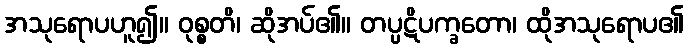
အသုရောပဟူ၍။ ဝုစ္စတိ၊ ဆိုအပ်၏။ တပ္ပဋိပက္ခတော၊ ထိုအသုရောပ၏